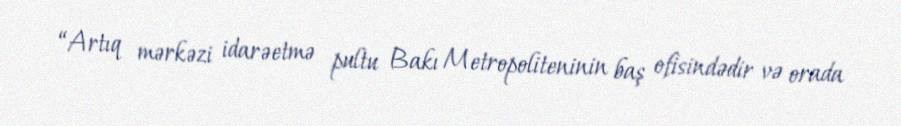
“Artıq mərkəzi idarəetmə pultu Bakı Metropoliteninin baş ofisindədir və orada